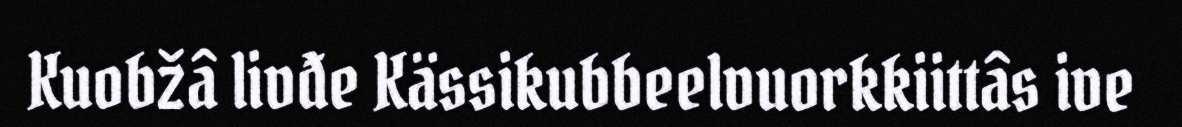
Kuobžâ livđe Kässikubbeelvuorkkiittâs ive